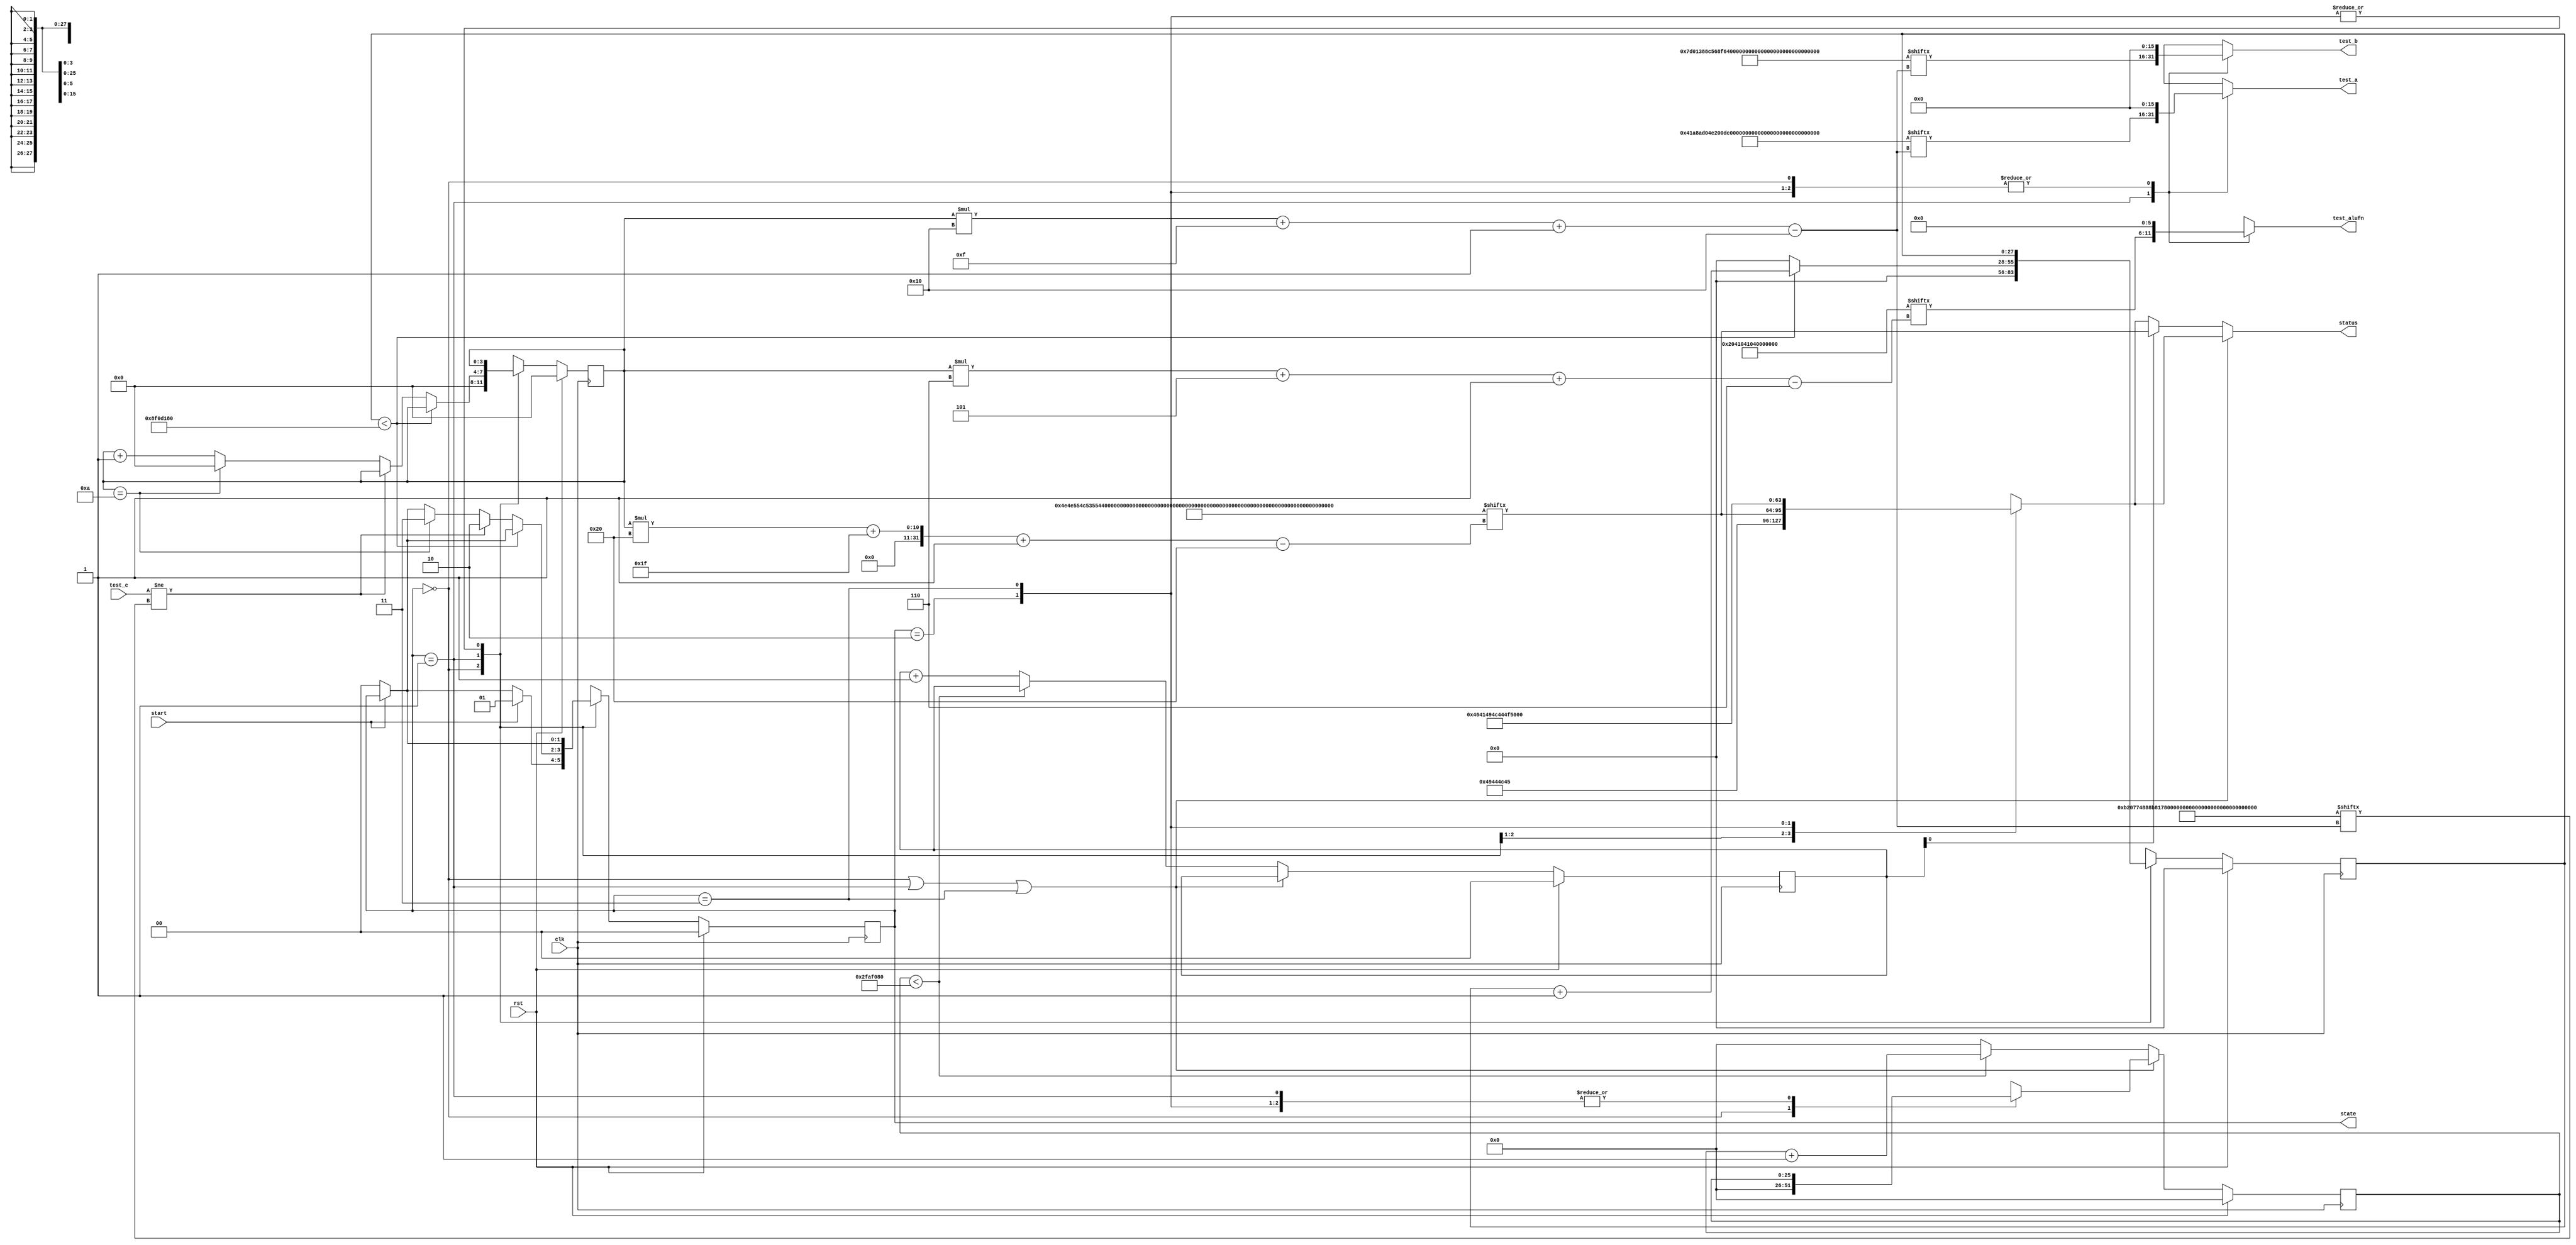
module basic_tester_8 (
    input clk,
    input rst,
    input start,
    input [15:0] test_c,
    output reg [15:0] test_a,
    output reg [15:0] test_b,
    output reg [5:0] test_alufn,
    output reg [1:0] state,
    output reg [31:0] status
  );
  
  localparam NUM_TEST_CASES = 4'hb;
  localparam TEST_NAME = 352'h4e4e554c53554235535542345355423353554232535542314144443541444434414444334144443241444431;
  localparam TEST_A = 176'h041a8ad04e200dacffff0001400080000102ffff0001;
  localparam TEST_B = 176'h07d01388c568f628ffff000140008000fed5ffff0001;
  localparam TEST_ALUFN = 66'h02041041040000000;
  localparam TEST_C = 176'h0b20774888b817840000000080000000ffd7fffe0002;
  localparam BYPASS_FAIL = 1'h0;
  localparam NUM_TEST_SECS = 2'h3;
  localparam NUM_FAIL_SECS = 1'h1;
  localparam NUM_FAIL_BLINKS = 2'h2;
  
  
  localparam NUM_TEST_TIMER_CYCLES = 28'h8f0d180;
  
  localparam NUM_FAIL_TIMER_CYCLES = 26'h2faf080;
  
  reg [31:0] next_status;
  
  reg [27:0] M_display_test_timer_d, M_display_test_timer_q = 1'h0;
  reg [25:0] M_display_fail_timer_d, M_display_fail_timer_q = 1'h0;
  reg [1:0] M_fail_blink_ctr_d, M_fail_blink_ctr_q = 1'h0;
  reg [3:0] M_tester_ctr_d, M_tester_ctr_q = 1'h0;
  localparam IDLE_tester_state = 2'd0;
  localparam TEST_tester_state = 2'd1;
  localparam FAIL_tester_state = 2'd2;
  localparam DONE_tester_state = 2'd3;
  
  reg [1:0] M_tester_state_d, M_tester_state_q = IDLE_tester_state;
  
  always @* begin
    M_tester_state_d = M_tester_state_q;
    M_display_fail_timer_d = M_display_fail_timer_q;
    M_display_test_timer_d = M_display_test_timer_q;
    M_fail_blink_ctr_d = M_fail_blink_ctr_q;
    M_tester_ctr_d = M_tester_ctr_q;
    
    status = 32'h00000000;
    test_a = 1'h0;
    test_b = 1'h0;
    test_alufn = 1'h0;
    if (!start) begin
      M_tester_state_d = IDLE_tester_state;
    end
    state = M_tester_state_q;
    next_status = 32'h4e554c4c;
    
    case (M_tester_state_q)
      IDLE_tester_state: begin
        M_display_test_timer_d = 1'h0;
        M_display_fail_timer_d = 1'h0;
        M_tester_ctr_d = 1'h0;
        next_status = 32'h49444c45;
        if (start) begin
          M_tester_state_d = TEST_tester_state;
        end
      end
      TEST_tester_state: begin
        next_status = TEST_NAME[(M_tester_ctr_q)*32+31-:32];
        test_a = TEST_A[(M_tester_ctr_q)*16+15-:16];
        test_b = TEST_B[(M_tester_ctr_q)*16+15-:16];
        test_alufn = TEST_ALUFN[(M_tester_ctr_q)*6+5-:6];
        if (M_display_test_timer_q < 28'h8f0d180) begin
          M_display_test_timer_d = M_display_test_timer_q + 1'h1;
        end else begin
          M_display_test_timer_d = 1'h0;
          if (test_c != TEST_C[(M_tester_ctr_q)*16+15-:16]) begin
            M_tester_state_d = FAIL_tester_state;
          end else begin
            if (M_tester_ctr_q == 5'h0a) begin
              M_tester_state_d = DONE_tester_state;
              M_tester_ctr_d = 1'h0;
            end else begin
              M_tester_ctr_d = M_tester_ctr_q + 1'h1;
            end
          end
        end
      end
      FAIL_tester_state: begin
        next_status = 32'h4641494c;
      end
      DONE_tester_state: begin
        next_status = 32'h444f4e45;
      end
    endcase
    if (M_tester_state_q == IDLE_tester_state | M_tester_state_q == TEST_tester_state | M_tester_state_q == DONE_tester_state) begin
      status = next_status;
    end else begin
      if (~M_fail_blink_ctr_q[0+0-:1]) begin
        status = next_status;
      end else begin
        status = TEST_NAME[(M_tester_ctr_q)*32+31-:32];
      end
      if (M_display_fail_timer_q < 26'h2faf080) begin
        M_display_fail_timer_d = M_display_fail_timer_q + 1'h1;
      end else begin
        M_display_fail_timer_d = 1'h0;
        if (1'h1) begin
          M_fail_blink_ctr_d = M_fail_blink_ctr_q + 1'h1;
        end else begin
          if (M_fail_blink_ctr_q < 5'h03) begin
            M_fail_blink_ctr_d = M_fail_blink_ctr_q + 1'h1;
          end else begin
            M_fail_blink_ctr_d = 1'h0;
            if (M_tester_ctr_q < 5'h0a) begin
              M_tester_state_d = TEST_tester_state;
              M_tester_ctr_d = M_tester_ctr_q + 1'h1;
            end else begin
              M_tester_state_d = DONE_tester_state;
              M_tester_ctr_d = 1'h0;
            end
          end
        end
      end
    end
  end
  
  always @(posedge clk) begin
    if (rst == 1'b1) begin
      M_display_test_timer_q <= 1'h0;
      M_display_fail_timer_q <= 1'h0;
      M_fail_blink_ctr_q <= 1'h0;
      M_tester_ctr_q <= 1'h0;
      M_tester_state_q <= 1'h0;
    end else begin
      M_display_test_timer_q <= M_display_test_timer_d;
      M_display_fail_timer_q <= M_display_fail_timer_d;
      M_fail_blink_ctr_q <= M_fail_blink_ctr_d;
      M_tester_ctr_q <= M_tester_ctr_d;
      M_tester_state_q <= M_tester_state_d;
    end
  end
  
endmodule